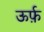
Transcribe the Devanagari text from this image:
ऊर्फ़